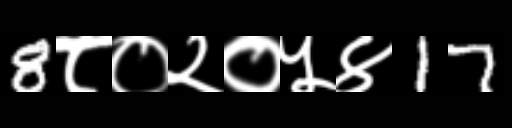
Text: 8८०२०५४17